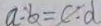
a : b = c : d